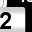
Digit: 2